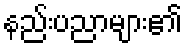
နည်းပညာများ၏